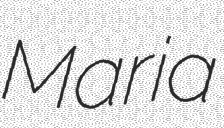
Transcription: Maria